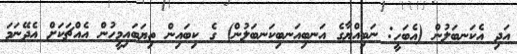
އަދި އެކަނބަލުން (އެބަހީ: ނަބިއްޔާގެ އަނބިއަނބިކަނބަލުން) ގެ ކިބައިން ތިޔަބައިމީހުން އެއްޗަކަށް އެދޭނަމަ